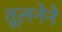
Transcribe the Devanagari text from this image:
तूलनेने